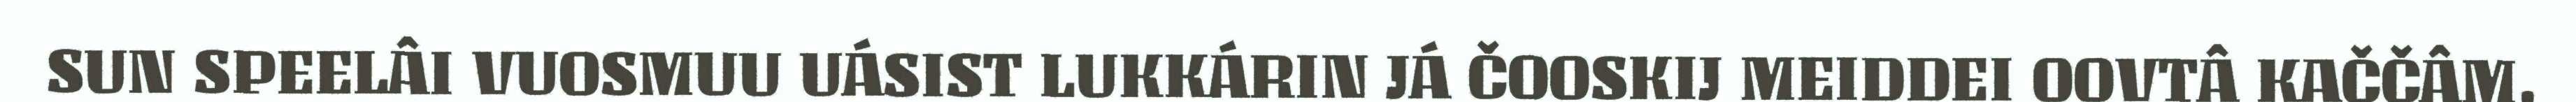
SUN SPEELÂI VUOSMUU UÁSIST LUKKÁRIN JÁ ČOOSKIJ MEIDDEI OOVTÂ KAČČÂM.